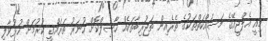
މިއީ އެލްޖީއޭގެ މަސައްކަތްތަކުގެ ތެރެއިން ތަޖުރިބާތަކެއް ހާސިލްކޮށް ހުނަރު ތަރައްގީ ކުރުމަށް ހުޅުވާލި